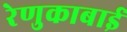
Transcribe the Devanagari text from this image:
रेणुकाबाई